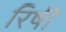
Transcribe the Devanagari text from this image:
रिषी